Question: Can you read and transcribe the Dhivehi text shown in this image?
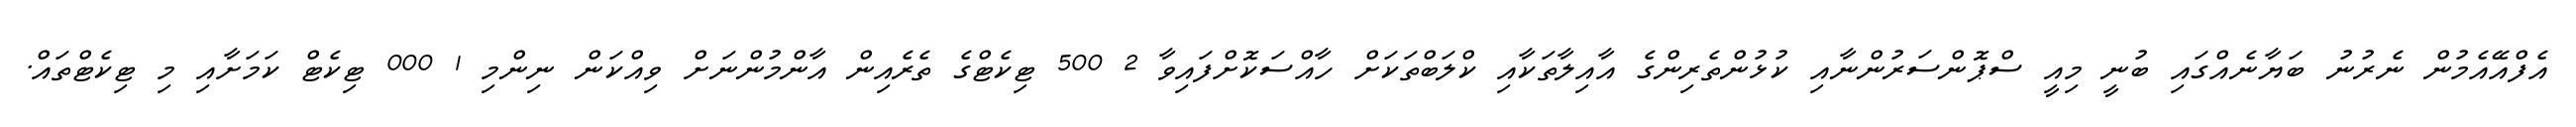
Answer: އެފްއޭއެމުން ނެރުނު ބަޔާނެއްގައި ބުނީ މިއީ ސްޕޮންސަރުންނާއި ކުޅުންތެރިންގެ އާއިލާތަކާއި ކްލަބްތަކަށް ހާއްސަކޮށްފައިވާ 2 500 ޓިކެޓްގެ ތެރެއިން އާންމުންނަށް ވިއްކަން ނިންމި 1 000 ޓިކެޓް ކަމަށާއި މި ޓިކެޓްތައް.